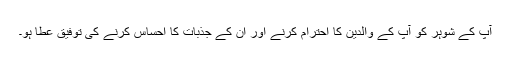
آپ کے شوہر کو آپ کے والدین کا احترام کرنے اور ان کے جذبات کا احساس کرنے کی توفیق عطا ہو۔